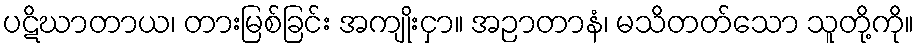
ပဋိဃာတာယ၊ တားမြစ်ခြင်း အကျိုးငှာ။ အဉာတာနံ၊ မသိတတ်သော သူတို့ကို။